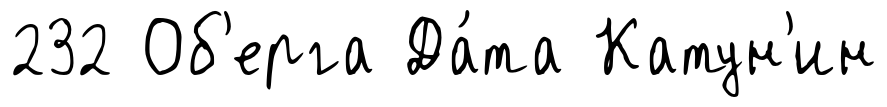
232 Об'ерга Да́та Катун'ин